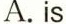
A. is